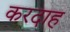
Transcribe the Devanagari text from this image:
करदाह